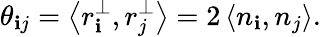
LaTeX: \theta_{\mathbf{i}j}=\left<{r_{\mathbf{i}}^{\perp},r_{j}^{\perp}}\right>=2\left<{n_{\mathbf{i}},n_{j}}\right>.